画像に写った文字を読んでください
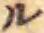
「ル」と書いてあります